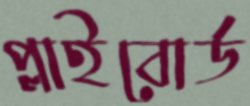
প্লাইবোর্ড